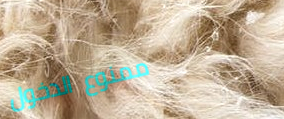
ممنوع الدخول